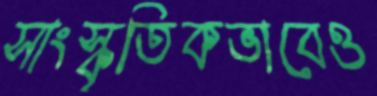
সাংস্কৃতিকভাবেও